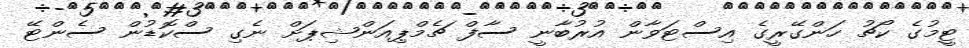
ޓީމުގެ ކޯޗު ހަންގޭރީގެ އިސްޓަވާން އުރުބާނީ ސާފް ޗެމްޕިއަންޝިޕަށް ނެގި ސްކޮޑުން ސެންޓޭ